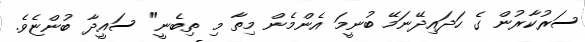
ސަރުކާރުން ގެ ހަދައިދޭނަމޭ ބުނީމަ އެންމެން މިތާ މި ތިބެނީ" ސައީދާ ބުންޏެވެ.